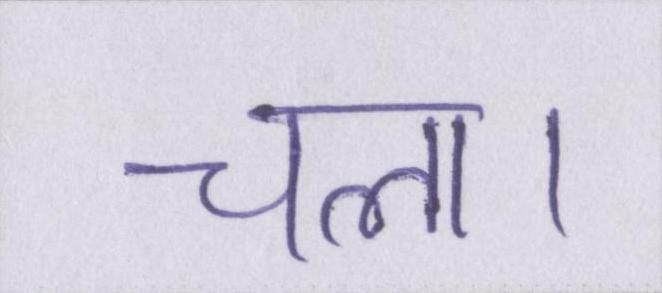
चला।